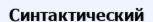
Синтактический